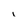
Character: i